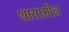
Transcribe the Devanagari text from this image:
थायामीन